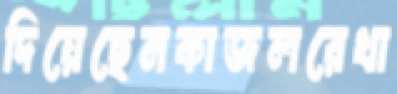
দিয়েছেনকাজলরেখা